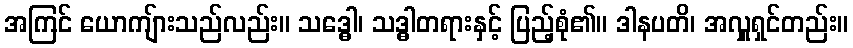
အကြင် ယောကျ်ားသည်လည်း။ သဒ္ဓေါ၊ သဒ္ဓါတရားနှင့် ပြည့်စုံ၏။ ဒါနပတိ၊ အလှူရှင်တည်း။